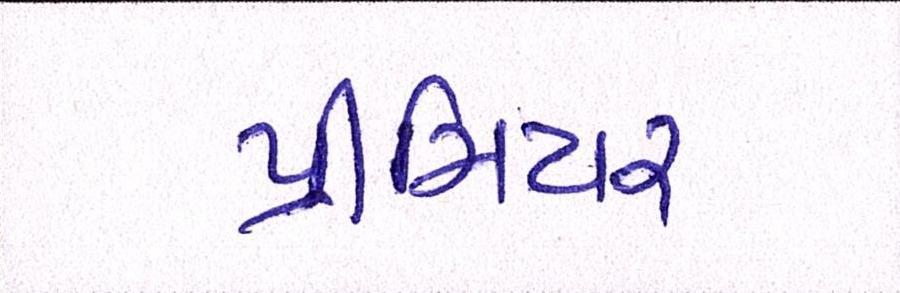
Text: પ્રીમિયર